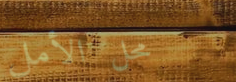
محل الأمل